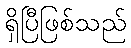
ရှိပြီဖြစ်သည်